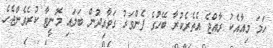
ހަމަ މިއާއެކު ރާއްޖެ އެތެރެކުރާ ބޭހުގެ ފެންވަރު ގަވާއިދުން ބަލައި މޮނީޓާ ކުރެވެންޖެހެ